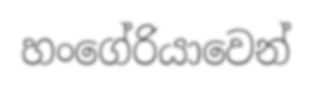
හංගේරියාවෙන්